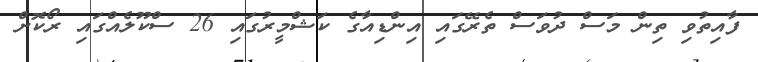
ފާއިތުވި ތިން މަސް ދުވަސް ތެރޭގައި އިންޑިއާގެ ކަޝްމީރުގައި 26 ސްކޫލެއްގައި ރޯކޮށް